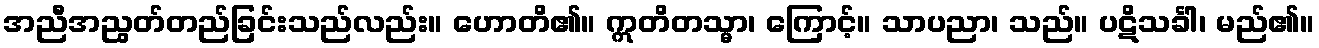
အညီအညွတ်တည်ခြင်းသည်လည်း။ ဟောတိ၏။ ဣတိတသ္မာ၊ ကြောင့်။ သာပညာ၊ သည်။ ပဋိသင်္ခါ၊ မည်၏။